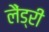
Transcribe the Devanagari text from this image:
लैंड्री